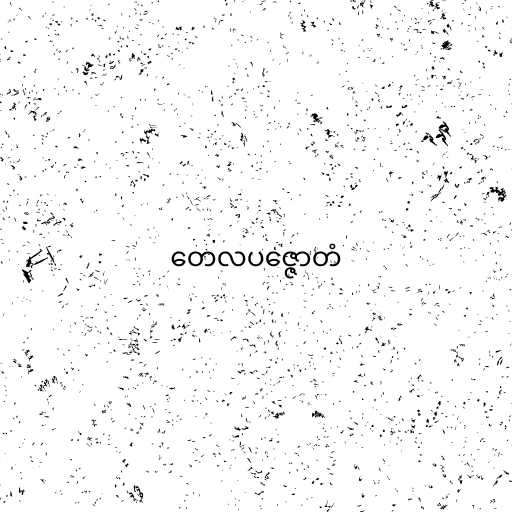
တေလပဇ္ဇောတံ